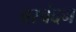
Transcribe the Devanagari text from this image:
वरवंदन